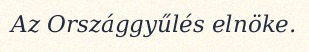
Az Országgyűlés elnöke.